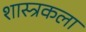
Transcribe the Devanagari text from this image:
शास्त्रकला